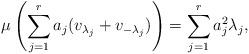
LaTeX: \begin{align*} \mu\left(\sum_{j=1}^r a_j(v_{\lambda_j}+v_{-\lambda_j})\right) =\sum_{j=1}^r a_j^2\lambda_j, \end{align*}